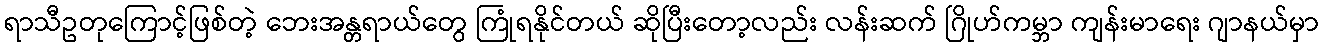
ရာသီဥတုကြောင့်ဖြစ်တဲ့ ဘေးအန္တရာယ်တွေ ကြုံရနိုင်တယ် ဆိုပြီးတော့လည်း လန်းဆက် ဂြိုဟ်ကမ္ဘာ ကျန်းမာရေး ဂျာနယ်မှာ